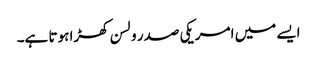
ایسے میں امریکی صدر ولسن کھڑا ہوتا ہے۔